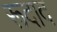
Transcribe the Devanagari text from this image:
रूदाद